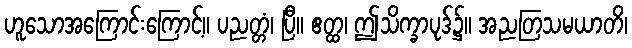
ဟူသောအကြောင်းကြောင့်။ ပညတ္တံ၊ ပြီ။ ဧတ္ထ၊ ဤသိက္ခာပုဒ်၌။ အညတြသမယာတိ၊